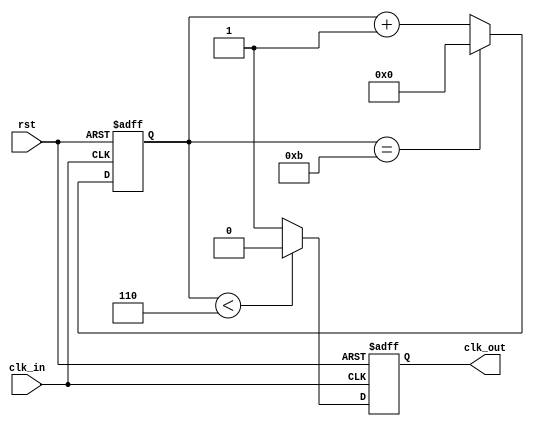
module Clk_1M(clk_out, clk_in, rst);

input clk_in, rst;
output clk_out;

parameter WIDTH =12;
parameter N = 12;

reg [WIDTH-1:0] cnt_p, cnt_n;
reg clk_p,clk_n;

always @ (posedge clk_in or negedge rst)
	begin 
		if(!rst)
			cnt_p<=0;
		else if (cnt_p == (N-1))
			cnt_p<=0;
		else cnt_p <=cnt_p + 1;
	end
	
always @ (posedge clk_in or negedge rst)
	begin 
		if(!rst)
			clk_p <= 0;
		else if (cnt_p < (N>>1))
			clk_p <= 0;
		else
			clk_p <= 1;
		end
		
always @ (posedge clk_in or negedge rst)
	begin 
		if(!rst)
			cnt_n <= 0;
		else if (cnt_n == (N-1))
			cnt_n <= 0;
		else
			cnt_n <= cnt_n + 1;
		end			


always @ (posedge clk_in)
	begin 
		if(!rst)
			clk_n <= 0;
		else if (cnt_n < (N>>1))
			clk_n <= 0;
		else
			clk_n <= 1;
		end

assign clk_out = (N==1)?clk_in:(N[0])?(clk_p&clk_n):clk_p;
			

endmodule